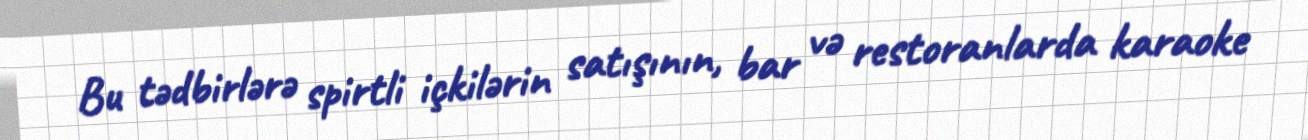
Bu tədbirlərə spirtli içkilərin satışının, bar və restoranlarda karaoke